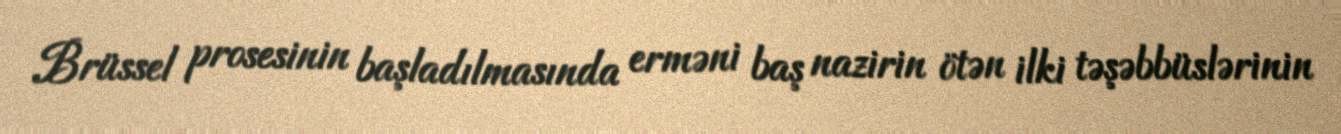
Brüssel prosesinin başladılmasında erməni baş nazirin ötən ilki təşəbbüslərinin